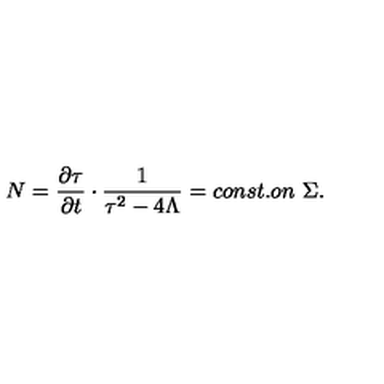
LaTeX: N = \frac { \partial \tau } { \partial t } \cdot \frac { 1 } { \tau ^ { 2 } - 4 \Lambda } = c o n s t . o n \mathrm { \ } \Sigma .